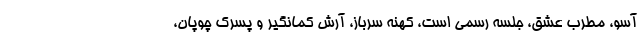
آسو، مطرب عشق، جلسه رسمی است، کهنه سرباز، آرش کمانگیر و پسرک چوپان،